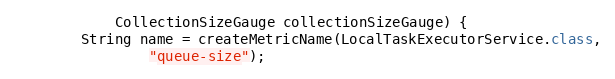
Language: Java
			CollectionSizeGauge collectionSizeGauge) {
		String name = createMetricName(LocalTaskExecutorService.class,
				"queue-size");